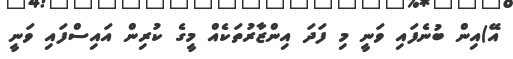
އޭ)އިން ބުނެފައި ވަނީ މި ފަދަ އިންޒާރުތަކެއް މީގެ ކުރިން އައިސްފައި ވަނީ